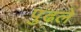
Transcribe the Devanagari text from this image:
पुढले